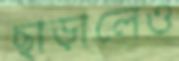
ছাড়ালেও